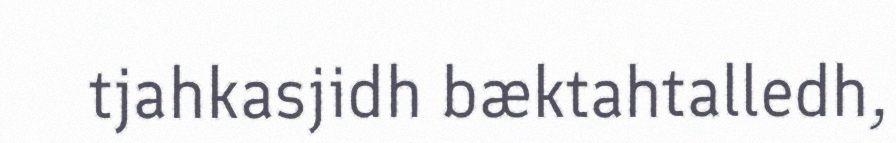
tjahkasjidh bæktahtalledh,